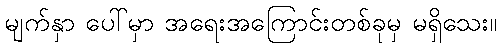
မျက်နှာ ပေါ်မှာ အရေးအကြောင်းတစ်ခုမှ မရှိသေး။